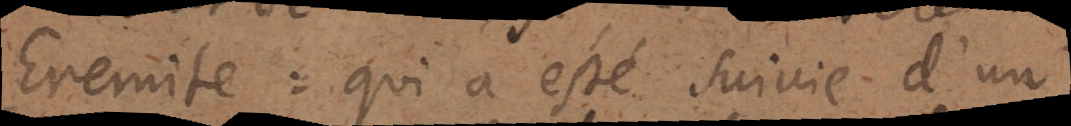
Eremite : qui a esté suivie d’un